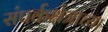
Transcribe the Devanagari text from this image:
संपर्कक्षेत्राच्या